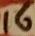
Text: 16